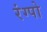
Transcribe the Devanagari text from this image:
रंग्पो